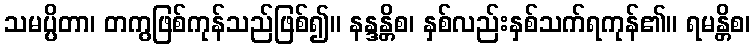
သမပ္ပိတာ၊ တကွဖြစ်ကုန်သည်ဖြစ်၍။ နန္ဒန္တိစ၊ နှစ်လည်းနှစ်သက်ရကုန်၏။ ရမန္တိစ၊